Regulations for the medical services of the Army of India
Year: 1930
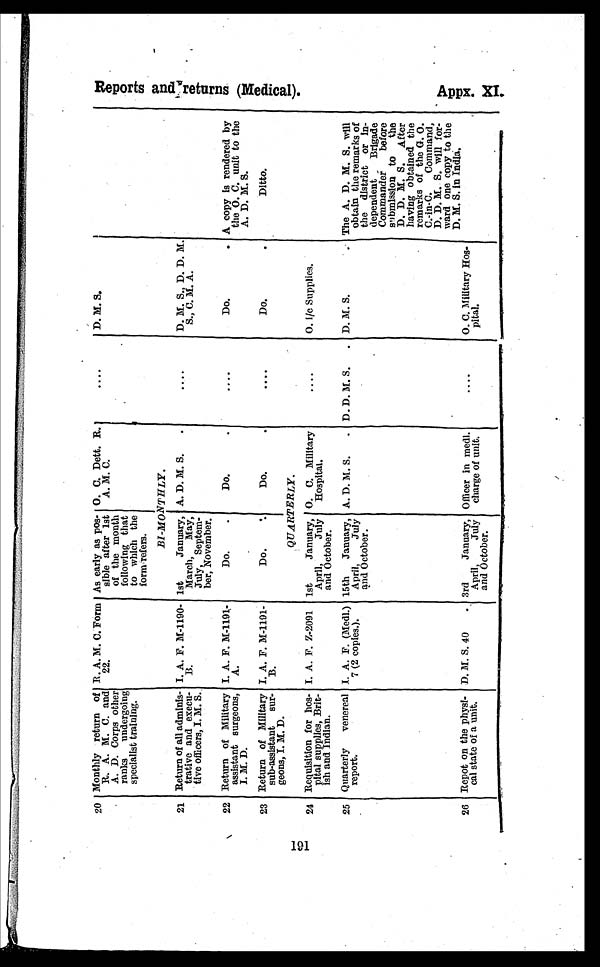
191
20 Monthly return of
R. A. M. C. and
A. D. Corps other
ranks undergoing
specialist training,
R. A. M. C. Form
22.
As early as pos
sible after 1st
of the month
following that
to which the
form refers.
O. C. Dett. R.
A. M. C.
....
D. M. S.
BI-MONTHLY .
21 Return of all adminis
trative and execu
tive officers, I. M. S.
I. A. F. M-1190-
B .
1st
January,
March, May,
July, Septem
ber, November,
A. D. M. S.
.
....
D. M. S., D. D. M.
S., C. M. A.
22 Return of Military
assistant surgeons,
I. M. D.
I. A. F. M-1191-
A.
Do.
Do.
....
Do.
. A copy is rendered by
the O. C. unit to the
A. D. M. S.
23 Return of Military
sub-assistant sur
geons, I. M. D.
I. A. F. M-1191-
B.
Do.
.
D o . .
....
Do.
Ditto.
QUARTERLY.
24 Requisition for hos
pital supplies, Brit
ish and Indian.
I. A. F. Z-2091 1st
January,
April,
July
and October.
O. C. Military
Hospital.
....
O. i/c Supplies.
25 Quarterly venereal
report.
I. A. F. (Medl.)
7 (2 copies.).
15th January,
April,
July
and October.
A. D. M. S.
. D. D. M. S. . D. M. S.
. The A. D. M. S. will
obtain the remarks of
the district or in
dependent
Brigade
Commander
before
submission to the
D. D. M. S. After
having obtained the
remarks of the G. O.
C.-in-C. Command,
D. D. M. S. will for-
ward one copy to the
D. M. S. in India.
26 Repot on the physi
cal state of a unit.
D. M. S. 40
. 3rd
January,
April,
July
and October.
Officer in medl.
charge of unit.
....
O. C. Military Hos
pital.
R e p o r t s a n d r e t u r n s ( M e d i c a l ) .
Appx. XI .